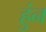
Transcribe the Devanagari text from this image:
हुंन